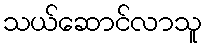
သယ်ဆောင်လာသူ